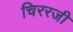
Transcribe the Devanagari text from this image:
चिररजी